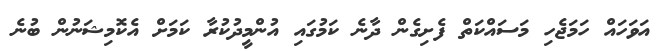
އަވަހައް ހަމަޖެހި މަސައްކަތް ފެށިގެން ދާނެ ކަމުގައި އުންމީދުކުރާ ކަމަށް އެކޮމިޝަނުން ބުނެ